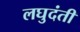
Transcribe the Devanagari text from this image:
लघुदंती